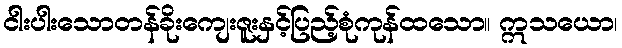
ငါးပါးသောတန်ခိုးကျေးဇူးနှင့်ပြည့်စုံကုန်ထသော။ ဣသယော၊